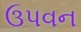
ઉપવન